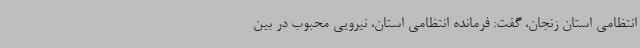
انتظامی استان زنجان، گفت: فرمانده انتظامی استان، نیرویی محبوب در بین